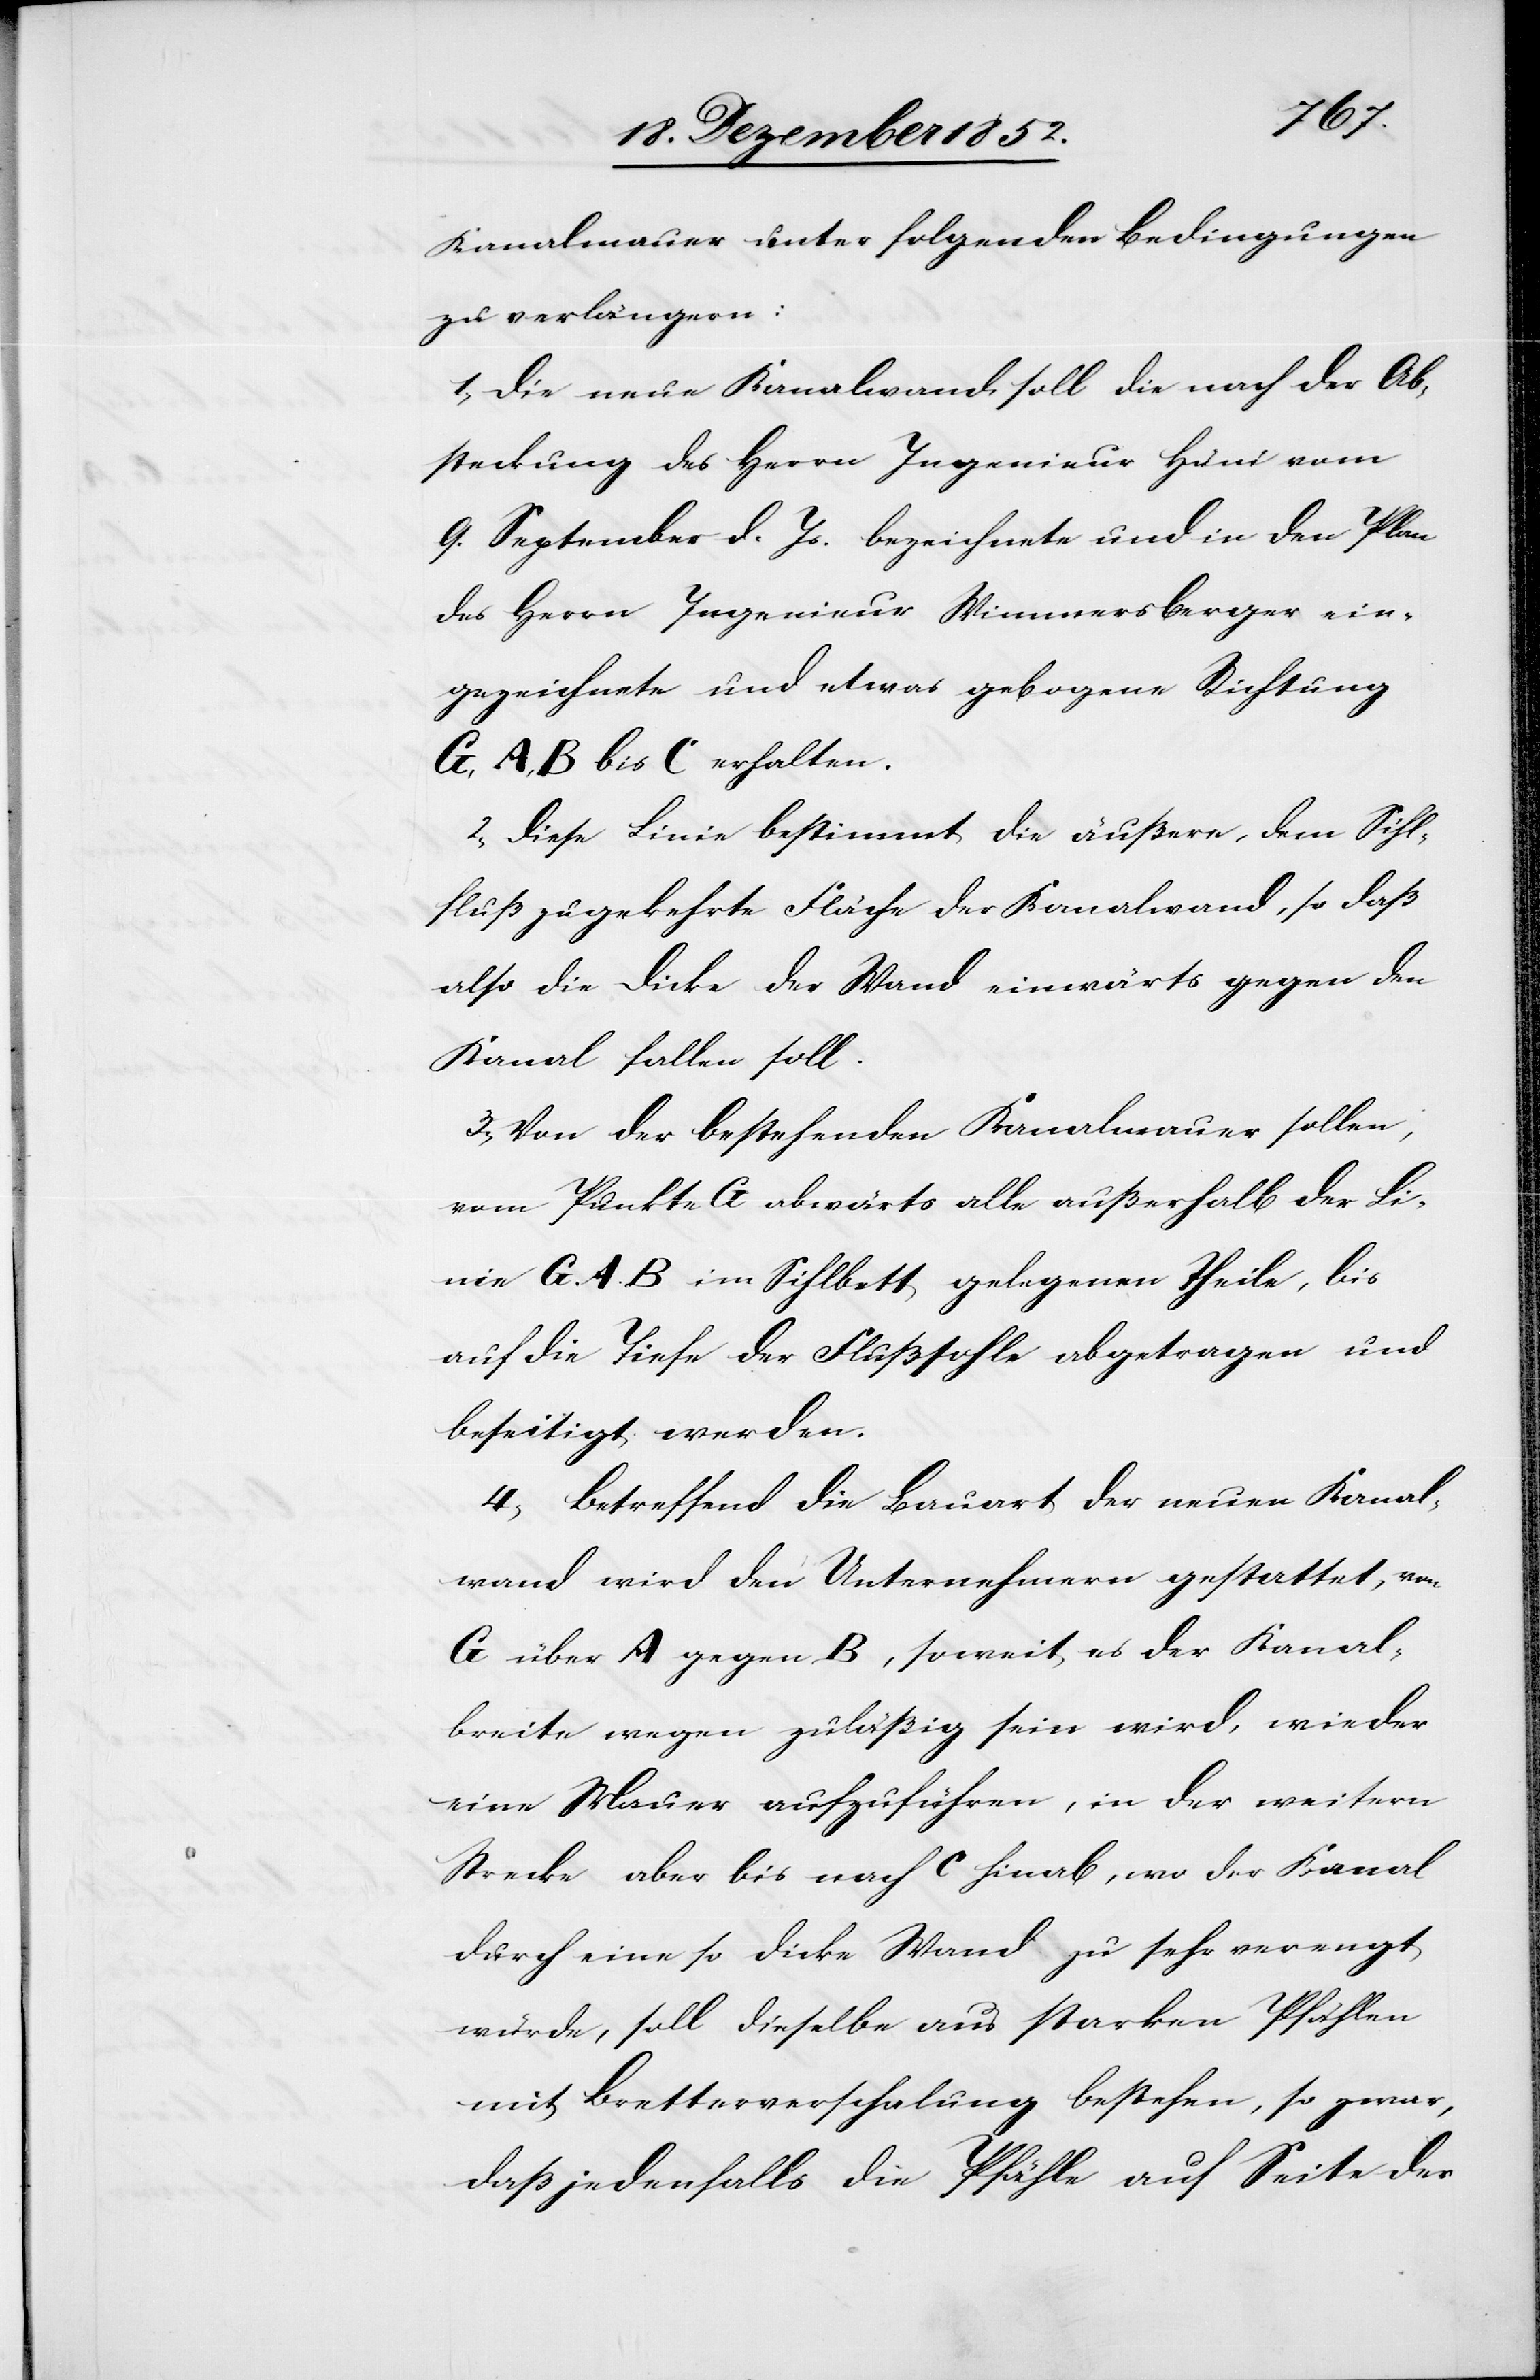
Kanalmauer unter folgenden Bedingungen
zu verlängern:
1, Die neue Kanalwand soll die nach der Ab¬
steckung des Herrn Ingenieur Hüni vom
9. September d. Js. bezeichnete und in den Plan
des Herrn Ingenieur Wimmersberger ein¬
gezeichnete und etwas gebogene Richtung
A, B bis C erhalten.
2, Diese Linie bestimmt die äußere, dem Sihl¬
fluß zugekehrte Fläche der Kanalwand, so daß
also die Dicke der Wand einwärts gegen den
Kanal fallen soll.
3, Von der bestehenden Kanalmauer sollen,
vom Punkte G abwärts alle außerhalb der Li¬
nie G. A. B im Sihlbett gelegenen Theile, bis
auf die Tiefe der Flußsohle abgetragen und
beseitigt werden.
4, Betreffend die Bauart der neuen Kanal¬
wand wird den Unternehmern gestattet, von
G über A gegen B, soweit es der Kanal¬
breite wegen zuläßig sein wird, wieder
eine Mauer aufzuführen, in der weitern
Strecke aber bis nach C hinab, wo der Kanal
durch eine so dicke Wand zu sehr verengt
würde, soll dieselbe aus starken Pfählen
mit Bretterverschalung bestehen, so zwar,
daß jedenfalls die Pfähle auf Seite der